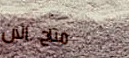
متاح الآن